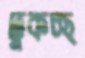
ঢুকচ্ছ